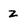
Character: Z